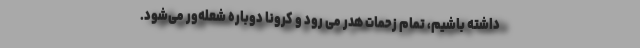
داشته باشیم، تمام زحمات هدر می رود و کرونا دوباره شعله‌ور می‌شود.